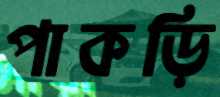
পাকড়ি